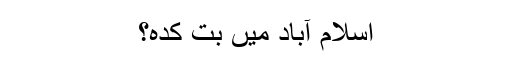
اسلام آباد میں بُت کدہ؟